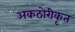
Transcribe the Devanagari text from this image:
अकठोरीकृत